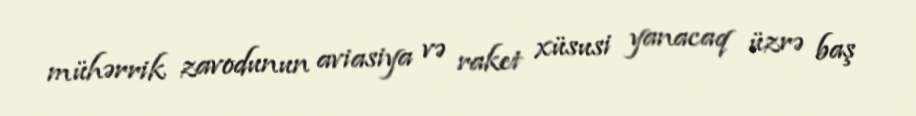
mühərrik zavodunun aviasiya və raket xüsusi yanacaq üzrə baş